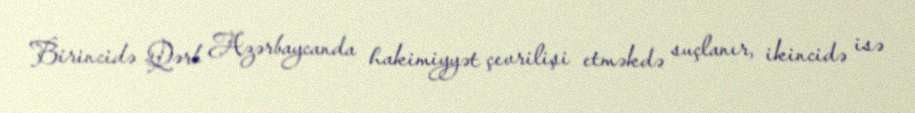
Birincidə Qərb Azərbaycanda hakimiyyət çevrilişi etməkdə suçlanır, ikincidə isə